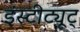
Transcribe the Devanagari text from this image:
इंस्टीट्यूट्